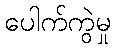
ပေါက်ကွဲမှု